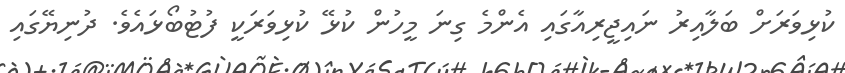
ކުޅިވަރަށް ބަލާއިރު ނައިޖީރިއާގައި އެންމެ ގިނަ މީހުން ކުޅޭ ކުޅިވަރަކީ ފުޓުބޯޅައެވެ. ދުނިޔޭގައި